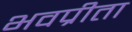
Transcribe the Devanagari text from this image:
भवप्रीता